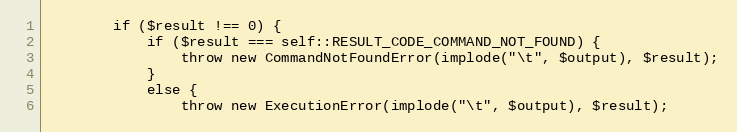
Language: PHP
        if ($result !== 0) {
            if ($result === self::RESULT_CODE_COMMAND_NOT_FOUND) {
                throw new CommandNotFoundError(implode("\t", $output), $result);
            }
            else {
                throw new ExecutionError(implode("\t", $output), $result);